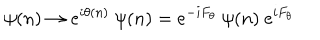
\psi ( n ) \to e ^ { i \theta ( n ) } \ \psi ( n ) = e ^ { - i F _ { \theta } } \ \psi ( n ) \ e ^ { i F _ { \theta } }